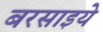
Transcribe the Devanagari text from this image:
बरसाइये